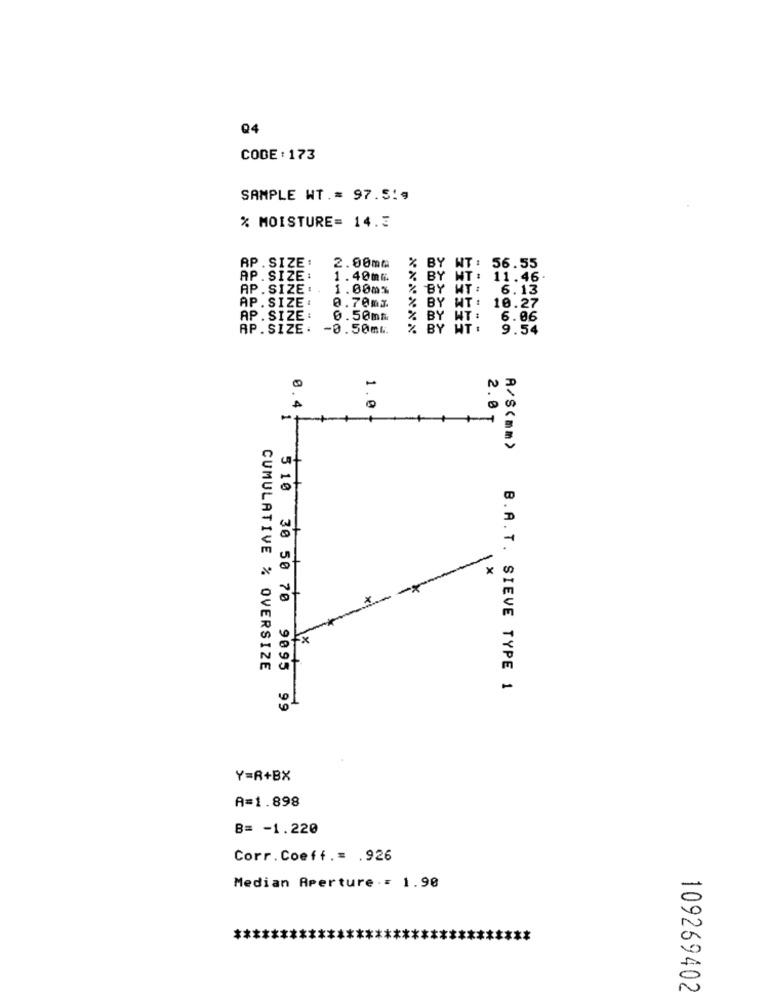
Q4
CODE : 173
SAMPLE WT .= 97.519
% MOISTURE= 14.3
2.00mm
% BY
AP. SIZE:
NT :
56.55
AP. SIZE:
1.40mm.
% BY
NT:
11.46
AP.SIZE :.
1.00mm
% BY MT: 6.13
AP.SIZE :
0.70m3.
% BY WT:
10.27
AP.SIZE:
0.50mm
% BY WT:
6.06
AP. SIZE: - 0.50ml.
% BY WT :
9.54
-
0.4
1.0
2.0
A/S(mm>
--
x
-x
CUMULATIVE % OVERSIZE
B.A. T. SIEVE TYPE 1
5 10 30 50 70 9095 99
Y=R+BX
A=1.898
B= - 1.220
Corr. Coeff .= . 926
Median Aperture ·= 1.90
109269402